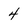
Character: 4